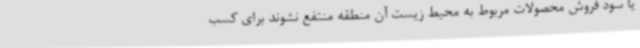
یا سود فروش محصولات مربوط به محیط زیست آن منطقه منتفع نشوند برای کسب